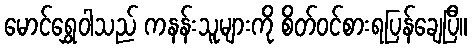
မောင်ရွှေဝါသည် ကနန်းသူများကို စိတ်ဝင်စားရပြန်ချေပြီ။